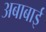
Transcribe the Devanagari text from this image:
अबाबाई